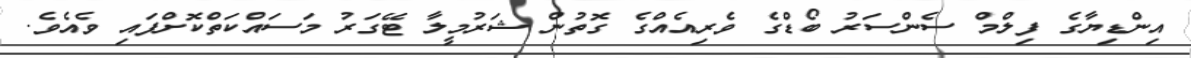
އިންޑިޔާގެ ފިލްމް ސެންސަރު ބޯޑްގެ ވެރިއެއްގެ ގޮތުން ޝަރުމީލާ ޓޭގަރު މަސައްކަތްކޮށްފައި ވެއެވެ.